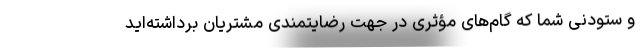
و ستودنی شما که گام‌های مؤثری در جهت رضایتمندی مشتریان برداشته‌اید